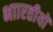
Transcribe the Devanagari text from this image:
भाारतीयों